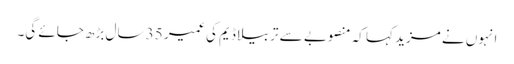
انہوں نے مزید کہا کہ منصوبے سے تربیلا ڈیم کی عمیر 35 سال بڑھ جائے گی۔